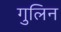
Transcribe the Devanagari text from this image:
गुलिन